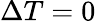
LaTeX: \Delta T=0